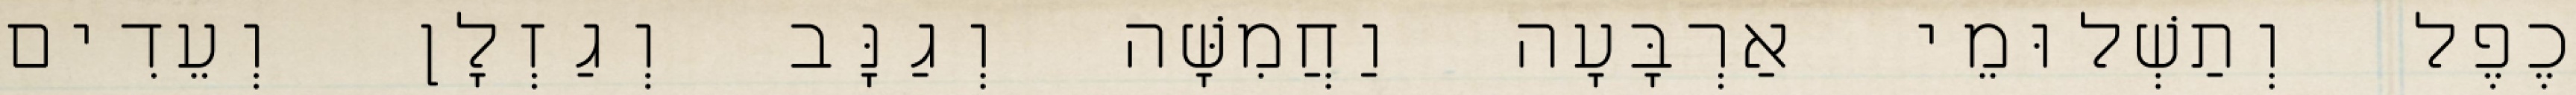
כֶפֶל וְתַשְׁלוּמֵי אַרְבָּעָה וַחֲמִשָּׁה וְגַנָּב וְגַזְלָן וְעֵדִים